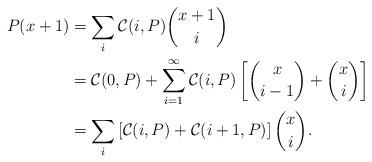
LaTeX: \begin{align*} P(x + 1) &= \sum_i \mathcal{C}(i, P)\binom{x + 1}{i}\\ &= \mathcal{C}(0, P) + \sum_{i = 1}^\infty \mathcal{C}(i, P)\left[\binom{x}{i - 1} + \binom{x}{i}\right]\\ &= \sum_i \left[\mathcal{C}(i, P) + \mathcal{C}(i + 1, P)\right]\binom{x}{i}. \end{align*}